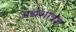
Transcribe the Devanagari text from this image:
अर्थशात्रज्ञ